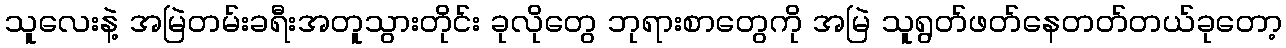
သူလေးနဲ့ အမြဲတမ်းခရီးအတူသွားတိုင်း ခုလိုတွေ ဘုရားစာတွေကို အမြဲ သူရွတ်ဖတ်နေတတ်တယ်ခုတော့